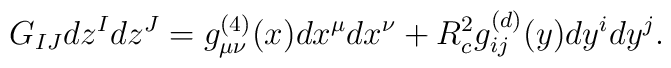
G_{IJ}dz^I d z^J = g^{(4)}_{\mu\nu}(x)dx^{\mu}dx^\nu + R_c^2 g^{(d)}_{ij}(y)dy^{i}dy^j.